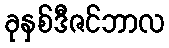
ခုနှစ်ဒီဇင်ဘာလ